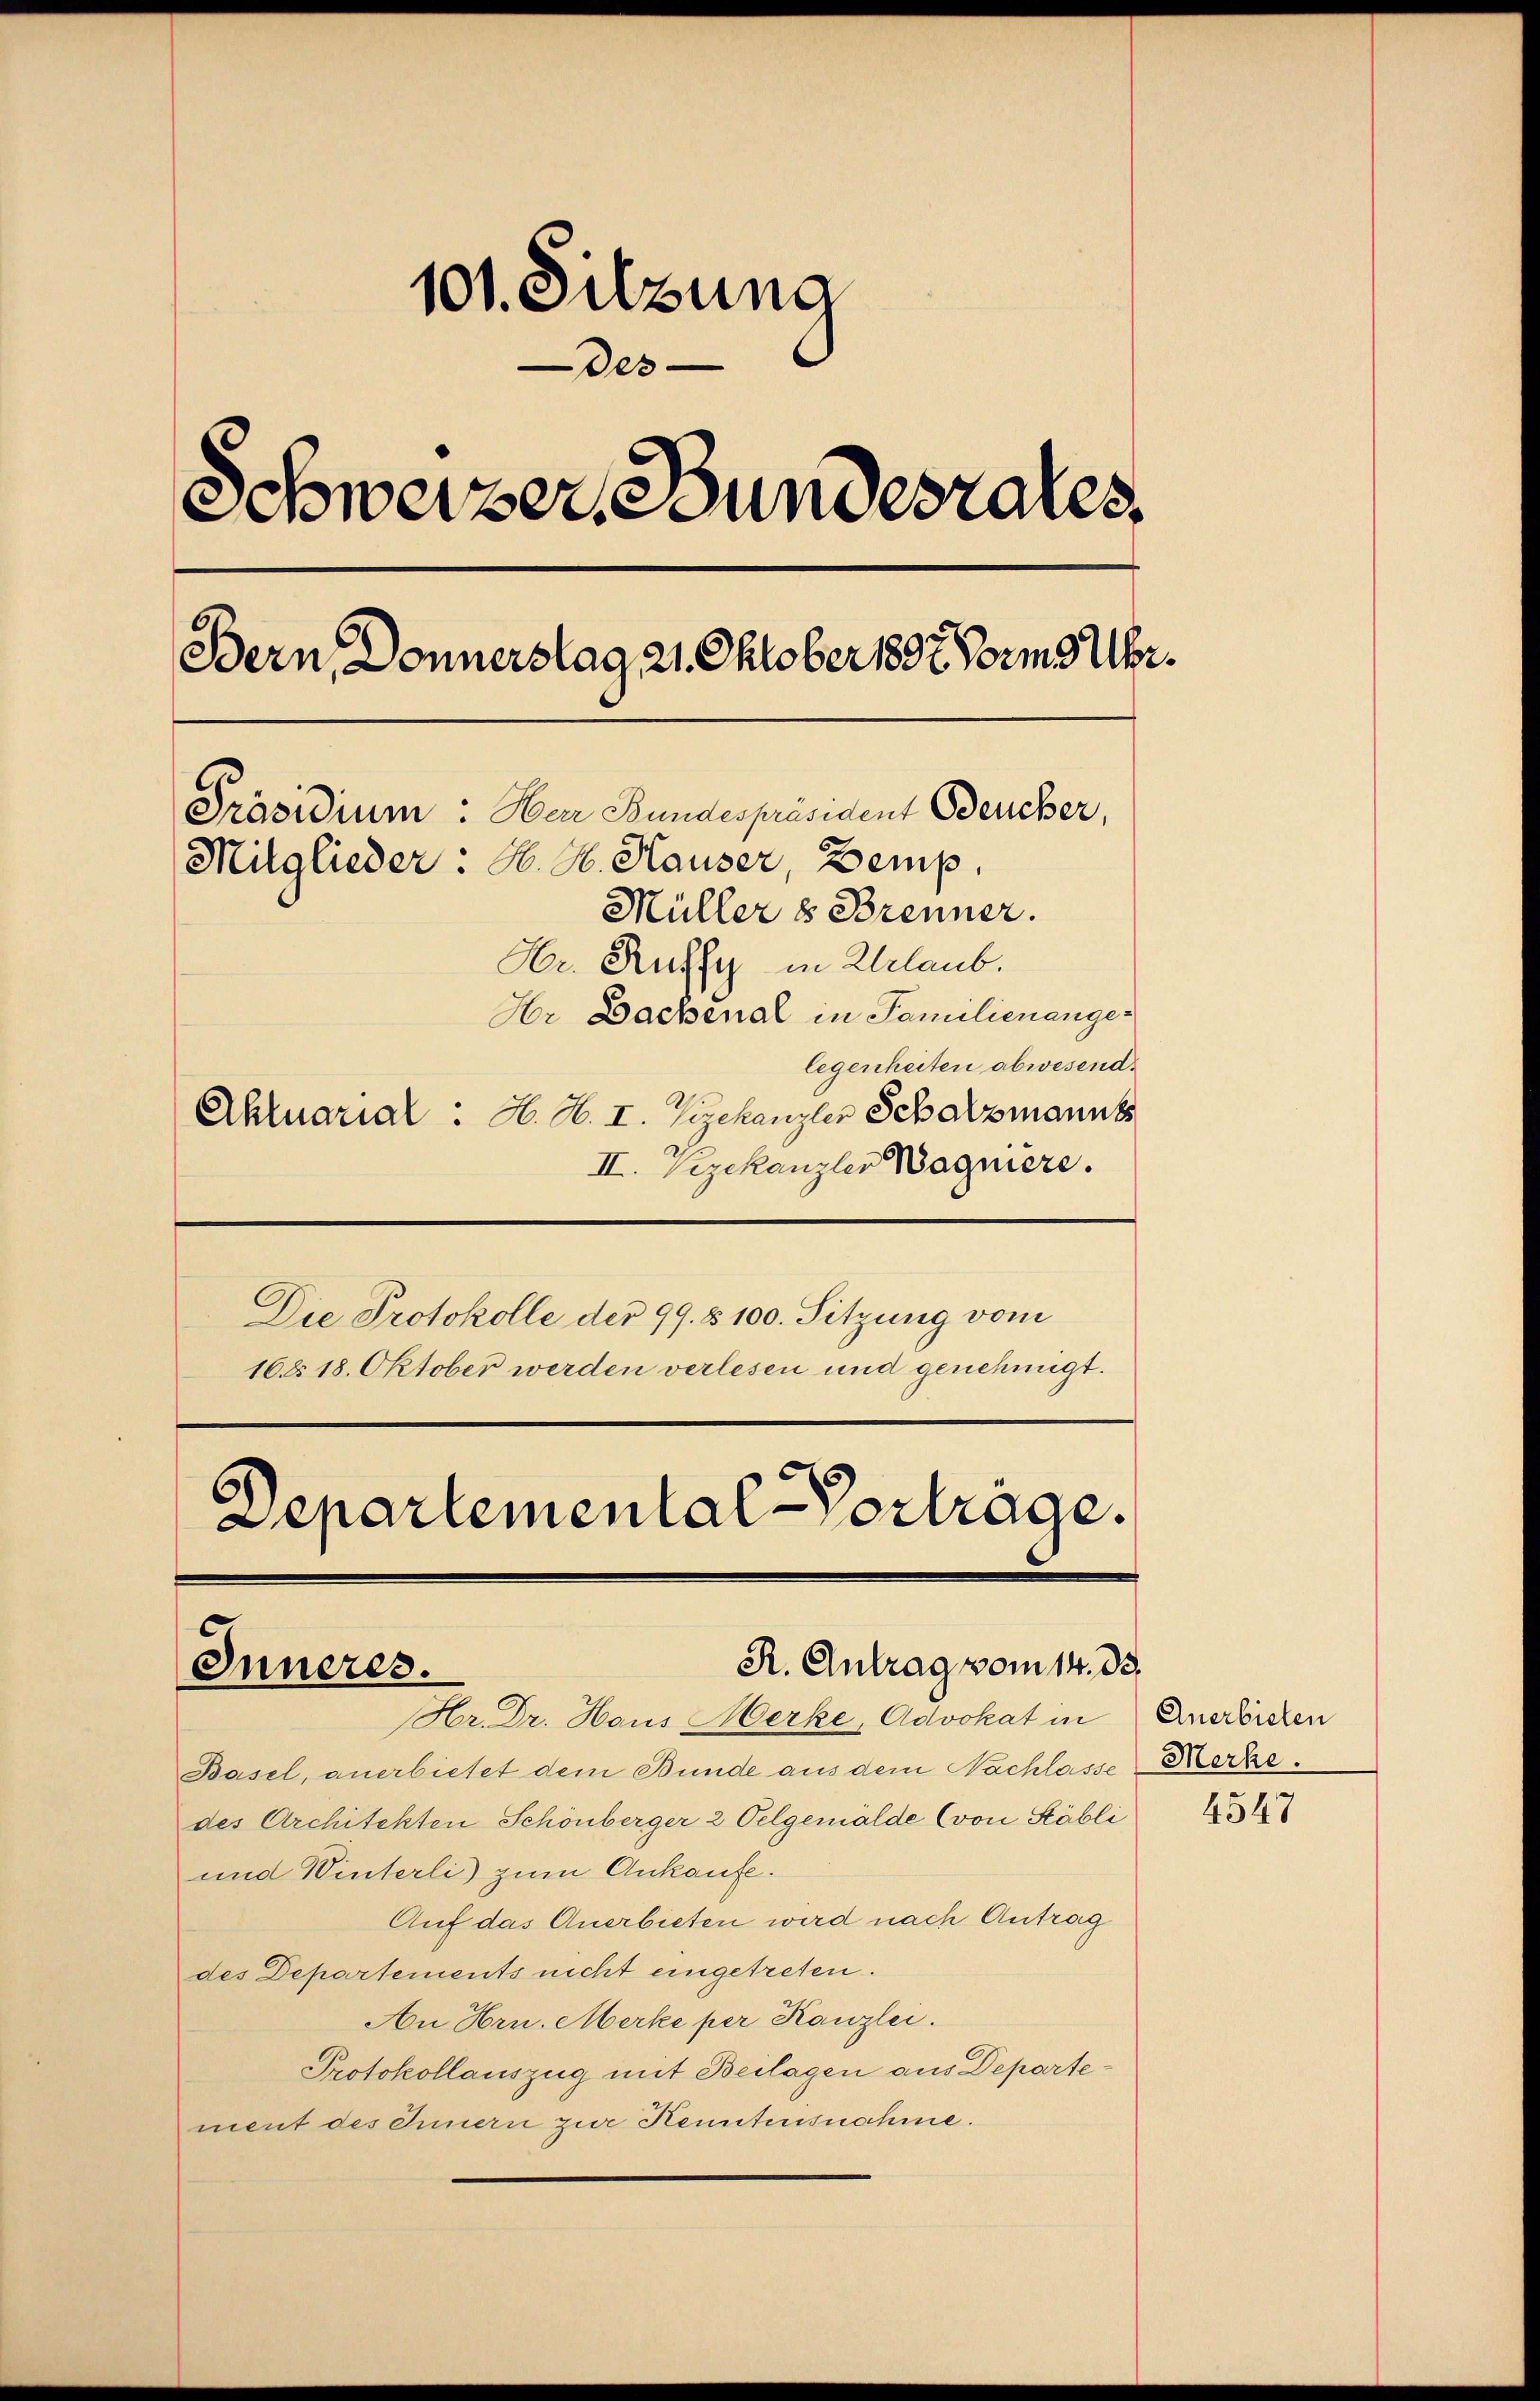
101. Sitzung
Des-
Schweizer, Bundesrates
Bern, Donnerstag 21. Oktober 1897 Form 3 Uhr.
Präsidium: Her Bundespräsident Bercher,
Mitglieder. A. H. Hauser, Demp
Müller & Brenner.
Hr. Russi in Erlaub.
Hr Dachenal in Familienangelegenheiten abwesend.
Aktuarial : H. H. I. Michanzler Schatzmannss

II. Vizekanzler Wagniere.
Die Protokolle der 99. § 100. Sitzung vom
16 § 18. Oktober werden verlesen und genehmigt.

Basel, anerbietet dem Bunde aus dem Nachlasse
des Architekten Schönberger 2 Oelgemälde (von Stäbli
und Winterli zum Ankaufe.
Auf das Anerbieten wird nach Antrag
des Departements nicht eingetreten.
An Hrn. Merke per Kanzlei.
Protokollauszug mit Beilagen aus Departement des Innern zur Kenntensnahme.

Departemental Vortrage.
R. Antrag vom 14. ds.
Inneres.
Hr. Dr. Haus Merke, Advokat in Anstörchen

Merke.

4547